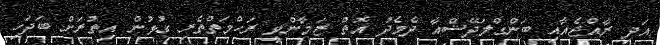
އަދި ރާއްޖެއާއި ބަންގްލަދޭޝްއާ ދެމެދު އޮތް ޒަމާންވީ ރަހްމަތްތެރި ގުޅުން އިތުރަށް ބަދަހި